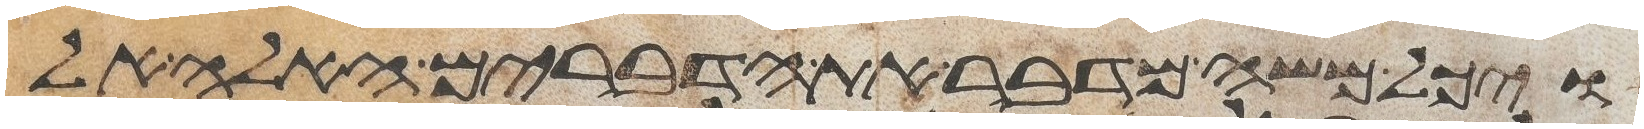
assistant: ויכל משה מדבר את הדברים האלה אל